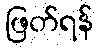
ဖြတ်ရန်